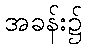
အခန်း၌